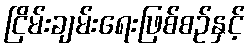
ငြိမ်းချမ်းရေးဖြစ်စဉ်နှင့်